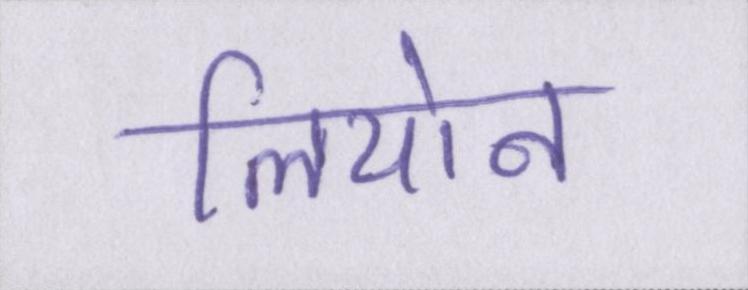
लियोन